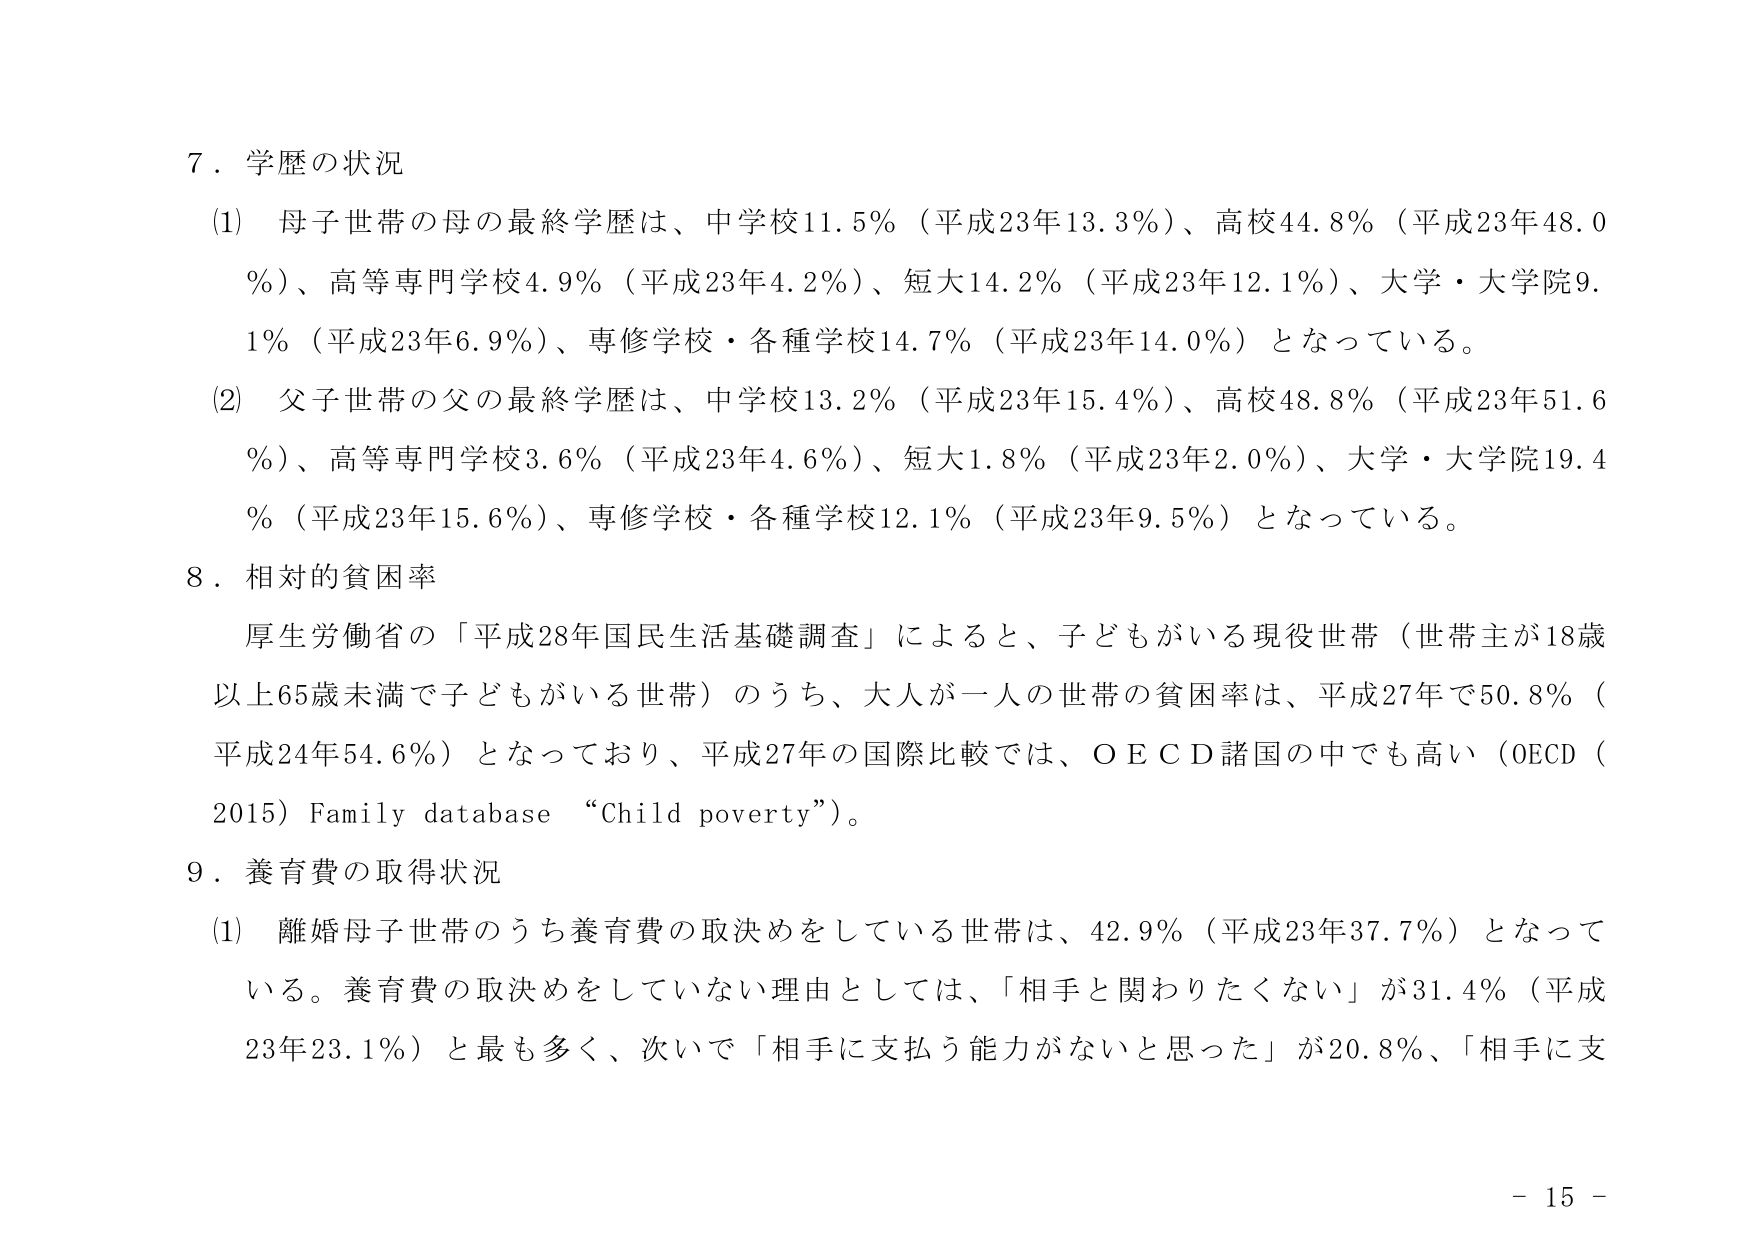
7．学歴の状況
(1) 母子世帯の母の最終学歴は、中学校11.5％（平成23年13.3％）、高校44.8％（平成23年48.0％）、高等専門学校4.9％（平成23年4.2％）、短大14.2％（平成23年12.1％）、大学・大学院9.1％（平成23年6.9％）、専修学校・各種学校14.7％（平成23年14.0％）となっている。
(2) 父子世帯の父の最終学歴は、中学校13.2％（平成23年15.4％）、高校48.8％（平成23年51.6％）、高等専門学校3.6％（平成23年4.6％）、短大1.8％（平成23年2.0％）、大学・大学院19.4％（平成23年15.6％）、専修学校・各種学校12.1％（平成23年9.5％）となっている。

8．相対的貧困率
厚生労働省の「平成28年国民生活基礎調査」によると、子どもがいる現役世帯（世帯主が18歳以上65歳未満で子どもがいる世帯）のうち、大人が一人の世帯の貧困率は、平成27年で50.8％（平成24年54.6％）となっており、平成27年の国際比較では、ＯＥＣＤ諸国の中でも高い（OECD（2015）Family database “Child poverty”）。

9．養育費の取得状況
(1) 離婚母子世帯のうち養育費の取決めをしている世帯は、42.9％（平成23年37.7％）となっている。養育費の取決めをしていない理由としては、「相手と関わりたくない」が31.4％（平成23年23.1％）と最も多く、次いで「相手に支払う能力がないと思った」が20.8％、「相手に支

- 15 -